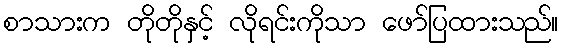
စာသားက တိုတိုနှင့် လိုရင်းကိုသာ ဖော်ပြထားသည်။